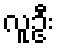
လူဦး